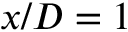
x / D = 1